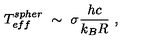
T _ { e f f } ^ { s p h e r } \ \sim \ \sigma \frac { h c } { k _ { B } R } \ ,